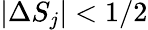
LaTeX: |\Delta S_{j}|<1/2